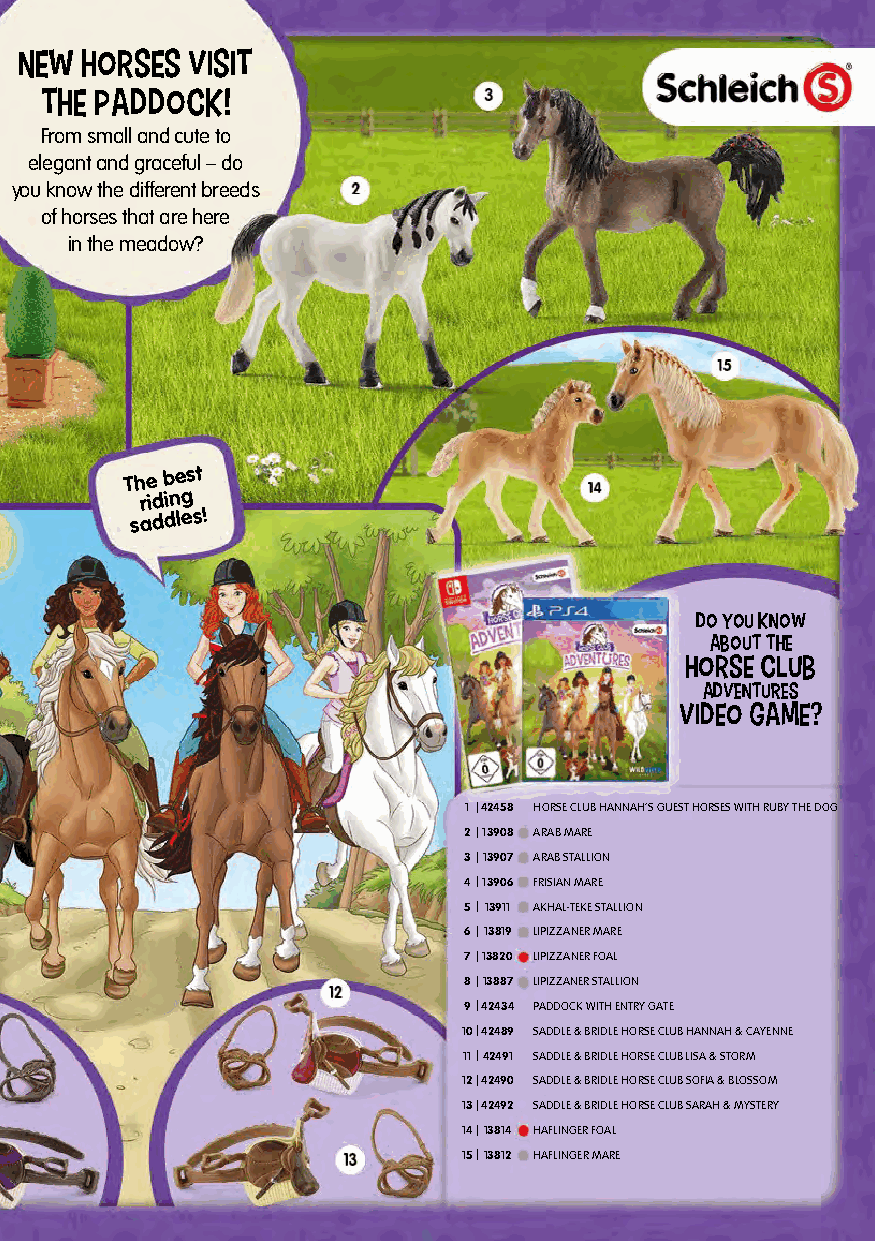
New horses visit
 the paddock!
 From small and cute to
 elegant and graceful – do
 you know the different breeds
 of horses that are here
 in the meadow?
 The
 best
 riding
 saddles!
 Do you know
 about the
 Horse club
 Adventures
 video game?
 1 |42458 HORSE CLUB HANNAH’S GUEST HORSES WITH RUBY THE DOG
 2|13908 ARAB MARE
 3|13907 ARAB STALLION
 4|13906 FRISIAN MARE
 5|13911 AKHAL-TEKE STALLION
 6|13819 LIPIZZANER MARE
 7|13820 LIPIZZANER FOAL
 8|13887 LIPIZZANER STALLION
 9|42434 PADDOCK WITH ENTRY GATE
 10|42489 SADDLE & BRIDLE HORSE CLUB HANNAH & CAYENNE
 11|42491 SADDLE & BRIDLE HORSE CLUB LISA & STORM
 12|42490 SADDLE & BRIDLE HORSE CLUB SOFIA & BLOSSOM
 13|42492 SADDLE & BRIDLE HORSE CLUB SARAH & MYSTERY
 14|13814 HAFLINGER FOAL
 15|13812 HAFLINGER MARE